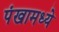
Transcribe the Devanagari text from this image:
पंखामध्ये